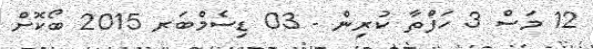
12 މަސް 3 ހަފްތާ ކުރިން - 03 ޑިސެމްބަރ 2015 ބޯކޮށް